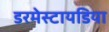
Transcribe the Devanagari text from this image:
डरमेस्टायडिया